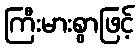
ကြီးမားစွာဖြင့်